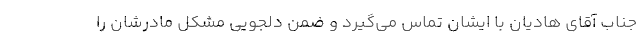
جناب آقای هادیان با ایشان تماس می‌گیرد و ضمن دلجویی مشکل مادرشان را